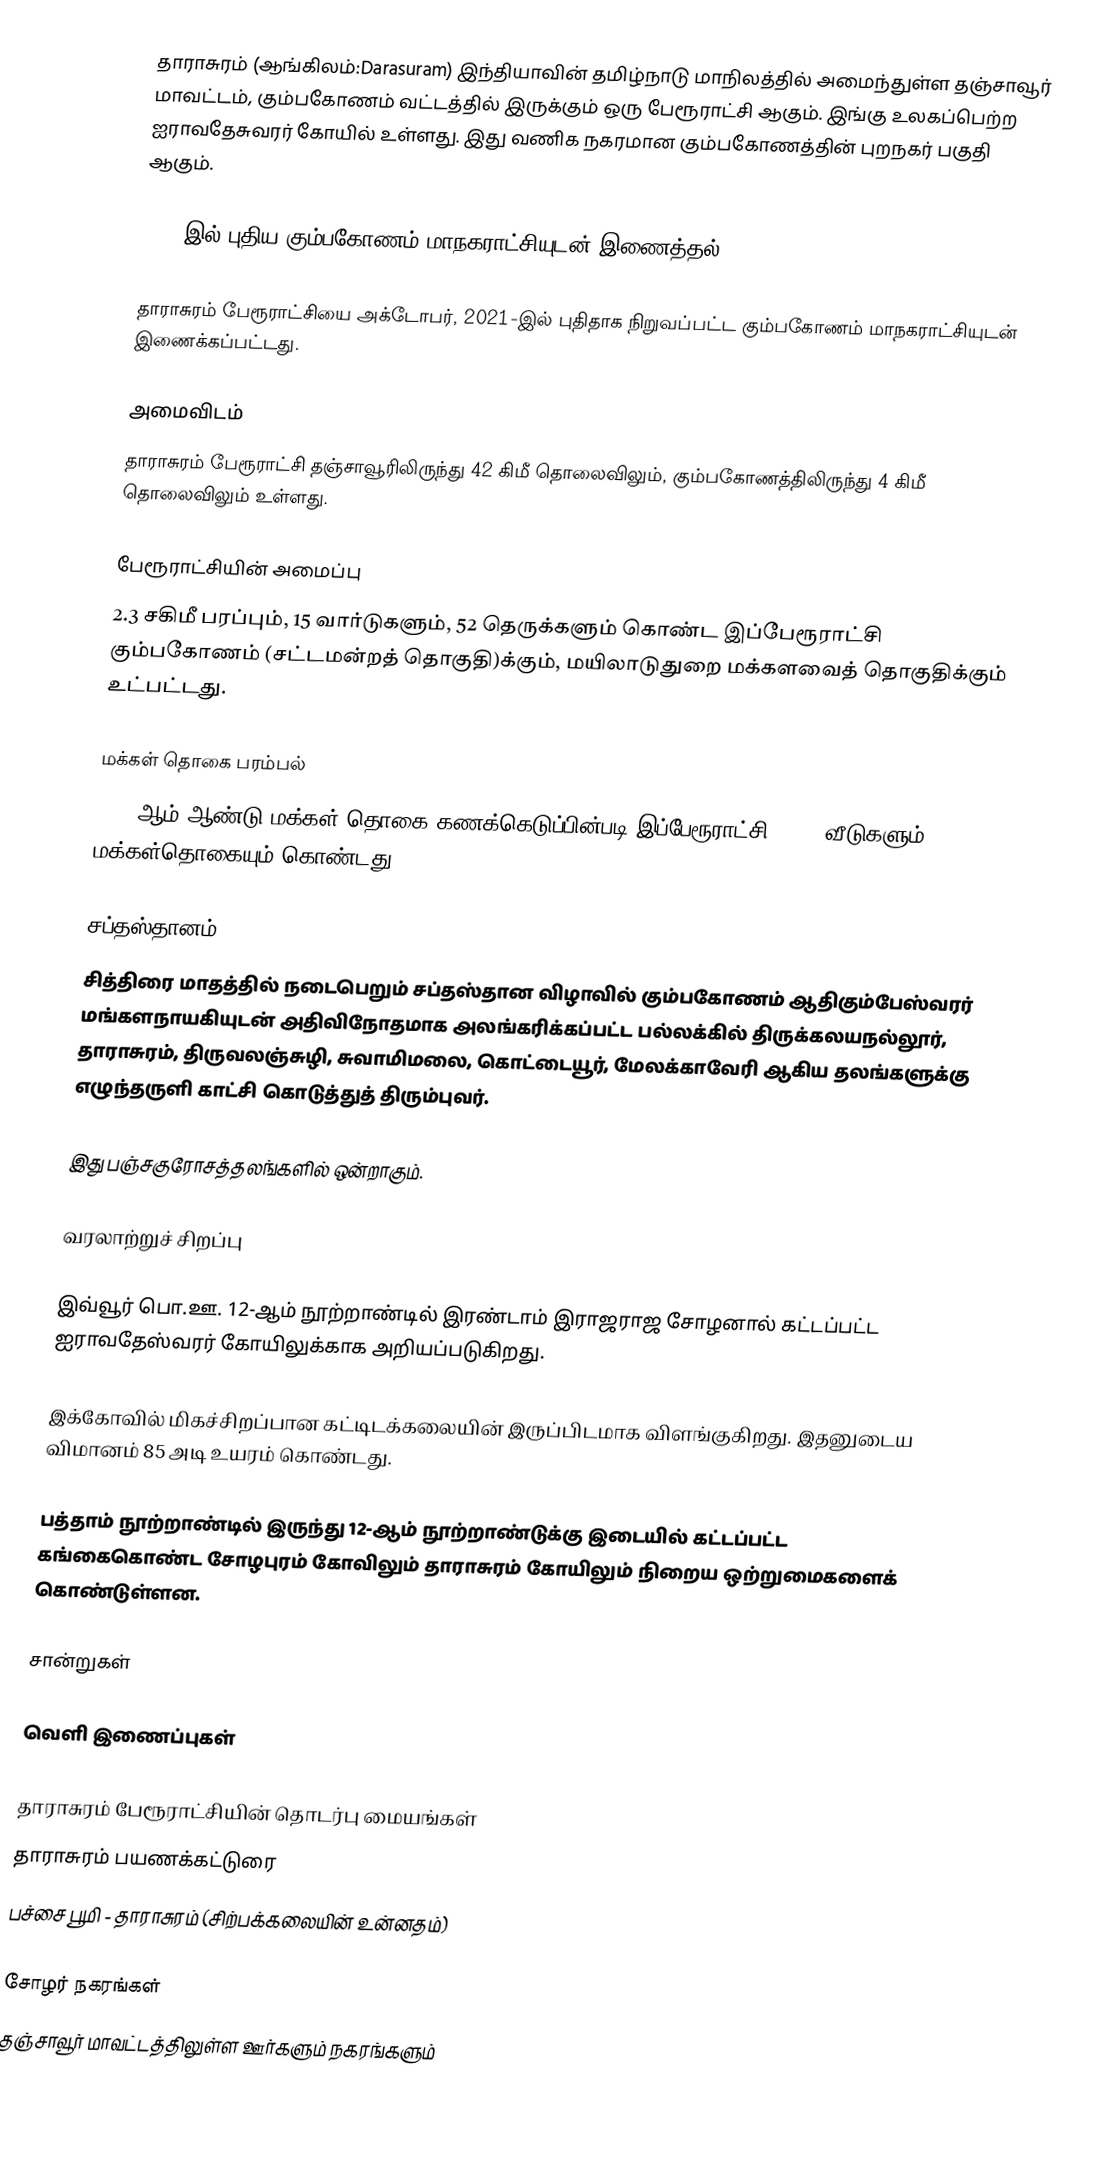
தாராசுரம் (ஆங்கிலம்:Darasuram) இந்தியாவின் தமிழ்நாடு மாநிலத்தில் அமைந்துள்ள தஞ்சாவூர் மாவட்டம், கும்பகோணம் வட்டத்தில் இருக்கும் ஒரு பேரூராட்சி ஆகும். இங்கு உலகப்பெற்ற ஐராவதேசுவரர் கோயில் உள்ளது. இது வணிக நகரமான கும்பகோணத்தின் புறநகர் பகுதி ஆகும்.

2021-இல் புதிய  கும்பகோணம் மாநகராட்சியுடன் இணைத்தல்

தாராசுரம் பேரூராட்சியை அக்டோபர், 2021-இல் புதிதாக நிறுவப்பட்ட கும்பகோணம் மாநகராட்சியுடன் இணைக்கப்பட்டது.

அமைவிடம்
தாராசுரம் பேரூராட்சி தஞ்சாவூரிலிருந்து 42 கிமீ தொலைவிலும், கும்பகோணத்திலிருந்து 4 கிமீ தொலைவிலும் உள்ளது.

பேரூராட்சியின் அமைப்பு
2.3 சகிமீ பரப்பும், 15  வார்டுகளும், 52  தெருக்களும் கொண்ட இப்பேரூராட்சி  கும்பகோணம் (சட்டமன்றத் தொகுதி)க்கும், மயிலாடுதுறை மக்களவைத் தொகுதிக்கும் உட்பட்டது.

மக்கள் தொகை பரம்பல்
2011-ஆம் ஆண்டு மக்கள் தொகை கணக்கெடுப்பின்படி இப்பேரூராட்சி 3,931 வீடுகளும் 15,787 மக்கள்தொகையும் கொண்டது.

சப்தஸ்தானம்
சித்திரை மாதத்தில் நடைபெறும் சப்தஸ்தான விழாவில் கும்பகோணம் ஆதிகும்பேஸ்வரர் மங்களநாயகியுடன் அதிவிநோதமாக அலங்கரிக்கப்பட்ட பல்லக்கில்  திருக்கலயநல்லூர், தாராசுரம், திருவலஞ்சுழி, சுவாமிமலை, கொட்டையூர், மேலக்காவேரி ஆகிய தலங்களுக்கு எழுந்தருளி காட்சி கொடுத்துத் திரும்புவர்.

இது பஞ்சகுரோசத்தலங்களில் ஒன்றாகும்.

வரலாற்றுச் சிறப்பு

இவ்வூர் பொ.ஊ. 12-ஆம் நூற்றாண்டில் இரண்டாம் இராஜராஜ சோழனால் கட்டப்பட்ட ஐராவதேஸ்வரர் கோயிலுக்காக அறியப்படுகிறது.

இக்கோவில் மிகச்சிறப்பான கட்டிடக்கலையின் இருப்பிடமாக விளங்குகிறது. இதனுடைய விமானம் 85 அடி உயரம் கொண்டது.

பத்தாம் நூற்றாண்டில் இருந்து 12-ஆம் நூற்றாண்டுக்கு இடையில் கட்டப்பட்ட கங்கைகொண்ட சோழபுரம் கோவிலும் தாராசுரம் கோயிலும் நிறைய ஒற்றுமைகளைக் கொண்டுள்ளன.

சான்றுகள்

வெளி இணைப்புகள்

 தாராசுரம் பேரூராட்சியின் தொடர்பு மையங்கள்
 தாராசுரம் பயணக்கட்டுரை
 பச்சை பூமி - தாராசுரம் (சிற்பக்கலையின் உன்னதம்)

சோழர் நகரங்கள்
தஞ்சாவூர் மாவட்டத்திலுள்ள ஊர்களும் நகரங்களும்